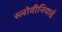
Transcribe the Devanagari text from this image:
स्लोवीनियाई